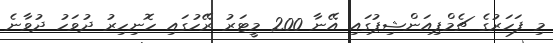
މި ފަހަރުގެ ޗެމްޕިއަންޝިޕުގައި އޭނާ 200 މީޓަރު ރޭހުގައި ހޮނިހިރު ދުވަހު ދުވާނެ